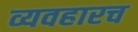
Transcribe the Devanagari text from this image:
व्यवहारच